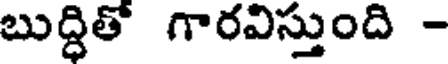
బుద్ధితో గారవిస్తుంది -